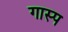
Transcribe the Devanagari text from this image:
गास्प